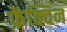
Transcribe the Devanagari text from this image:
फ्रेंक्विन